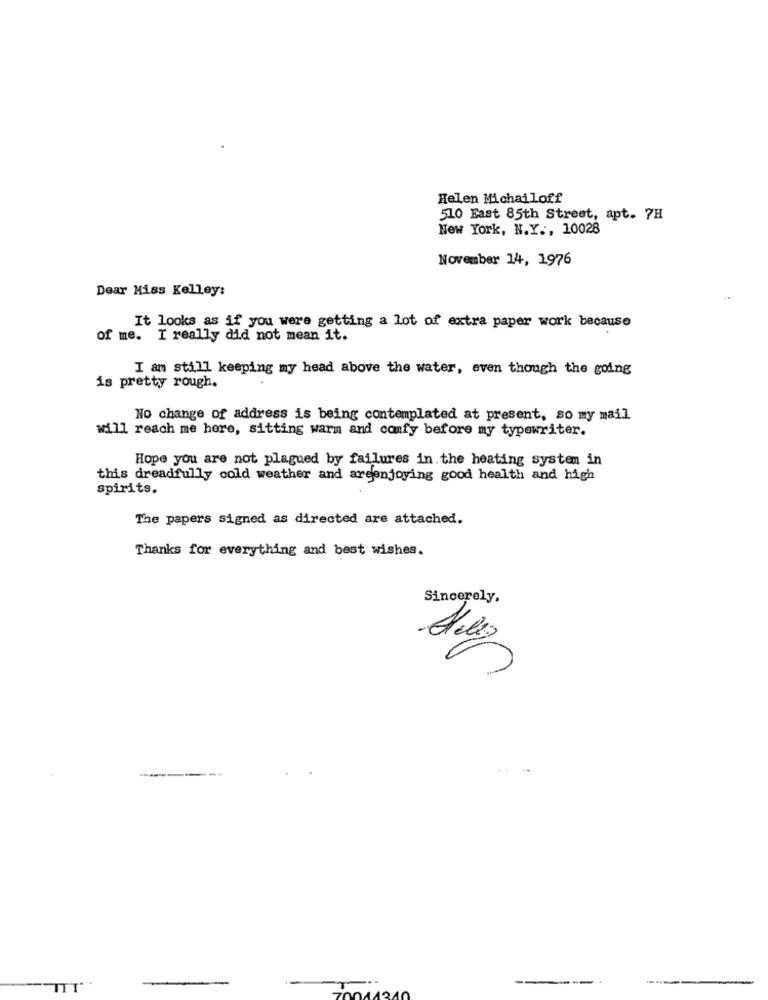
Helen Michailoff
510 East 85th Street, apt. 7H
New York, N.Y ., 10028
November 14, 1976
Dear Miss Kelley:
It looks as if you were getting a lot of extra paper work because
of me. I really did not mean it.
I am still keeping my head above the water, even though the going
is pretty rough.
No change of address is being contemplated at present, so my mail
will reach me here, sitting warm and comfy before my typewriter.
Hope you are not plagued by failures in. the heating system in
this dreadfully cold weather and areenjoying good health and high
spirits.
The papers signed as directed are attached.
Thanks for everything and best wishes.
Sincerely,
----